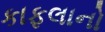
કાફલાનો